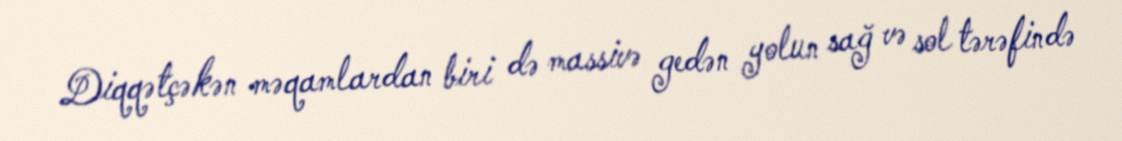
Diqqətçəkən məqamlardan biri də massivə gedən yolun sağ və sol tərəfində